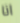
انا